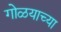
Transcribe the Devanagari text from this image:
गोळयाच्या